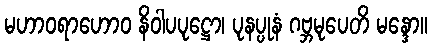
မဟာဝရာဟောဝ နိဝါပပုဋ္ဌော၊ ပုနပ္ပုနံ ဂဗ္ဘမုပေတိ မန္ဒော။